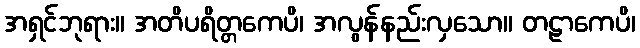
အရှင်ဘုရား။ အတိပရိတ္တကေပိ၊ အလွန်နည်းလှသော။ တဠာကေပိ၊